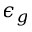
\epsilon _ { g }